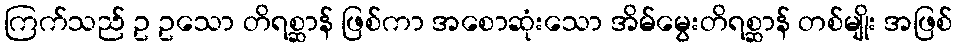
ကြက်သည် ဥ ဥသော တိရစ္ဆာန် ဖြစ်ကာ အစောဆုံးသော အိမ်မွေးတိရစ္ဆာန် တစ်မျိုး အဖြစ်